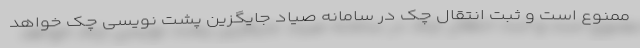
ممنوع است و ثبت انتقال چک در سامانه صیاد جایگزین پشت نویسی چک خواهد